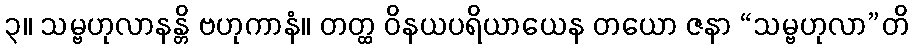
၃။ သမ္ဗဟုလာနန္တိ ဗဟုကာနံ။ တတ္ထ ဝိနယပရိယာယေန တယော ဇနာ “သမ္ဗဟုလာ”တိ